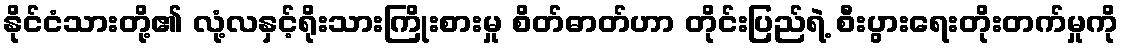
နိုင်ငံသားတို့၏ လုံ့လနှင့်ရိုးသားကြိုးစားမှု စိတ်ဓာတ်ဟာ တိုင်းပြည်ရဲ့ စီးပွားရေးတိုးတက်မှုကို